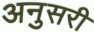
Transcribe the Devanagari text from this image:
अनुसरी